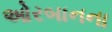
ઓરબાનના